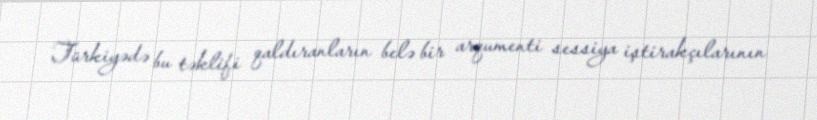
Türkiyədə bu təklifi qaldıranların belə bir arqumenti sessiya iştirakçılarının